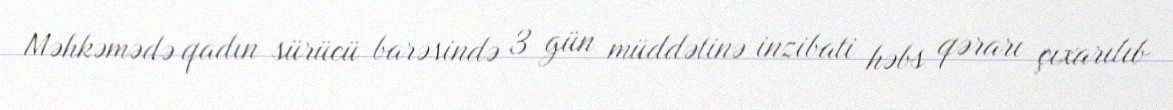
Məhkəmədə qadın sürücü barəsində 3 gün müddətinə inzibati həbs qərarı çıxarılıb